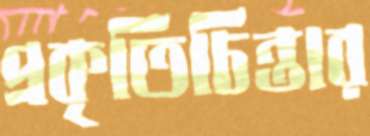
প্রকৃতিচিন্তার